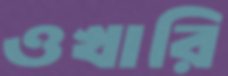
ওখারি